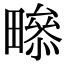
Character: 𤳒